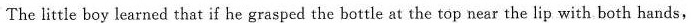
The little boy learned that if he grasped the bottle at the top near the lip with both hands,